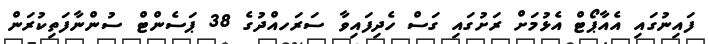
ފައިނުގައި އެއާޕޯޓް އެޅުމަށް ރަށުގައި ގަސް ހެދިފައިވާ ސަރަަހއްދުގެ 38 ޕަސެންޓް ސުންނާފަތިކުރަން